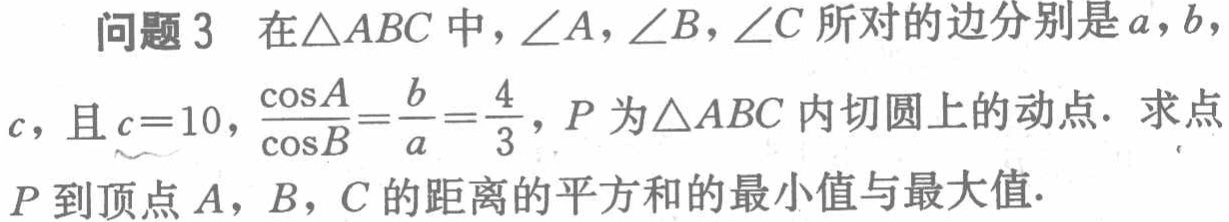
在\(\triangle ABC\)中，\(\angle A,\angle B,\angle C\)所对的边分别是\(a,b\)，\(c\)，且\(c = 10\)，\(\frac{\cos A}{\cos B}=\frac{b}{a}=\frac{4}{3}\)，\(P\)为\(\triangle ABC\)内切圆上的动点．求点\(P\)到顶点\(A,B,C\)的距离的平方和的最小值与最大值．